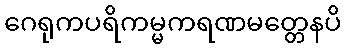
ဂေရုကပရိကမ္မကရဏမတ္တေနပိ